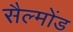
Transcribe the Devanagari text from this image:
सैल्मोंड